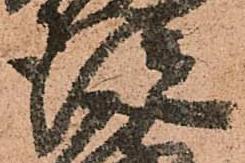
従